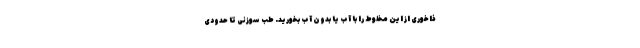
ذاخوری از این مخلوط را با آب یا بدون آب بخورید. طب سوزنی تا حدودی